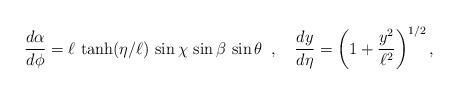
\begin{align*}\frac{d\alpha}{d\phi}=\ell\,\tanh(\eta/\ell)\,\sin\chi\,\sin\beta\,\sin\theta \, \,\, ,\,\,\,\,\,\,\frac{dy}{d\eta}=\left(1+\frac{y^2}{\ell^2}\right)^{1/2},\end{align*}